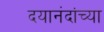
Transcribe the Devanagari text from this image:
दयानंदांच्या